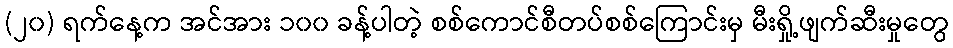
(၂၀) ရက်နေ့က အင်အား ၁၀၀ ခန့်ပါတဲ့ စစ်ကောင်စီတပ်စစ်ကြောင်းမှ မီးရှို့ဖျက်ဆီးမှုတွေ